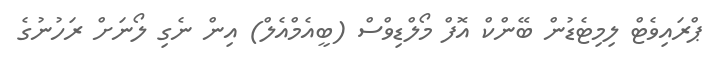
ޕްރައިވެޓް ލިމިޓެޑުން ބޭންކް އޮފް މޯލްޑިވްސް (ބީއެމްއެލް) އިން ނެގި ލޯނަށް ރަހުނުގެ